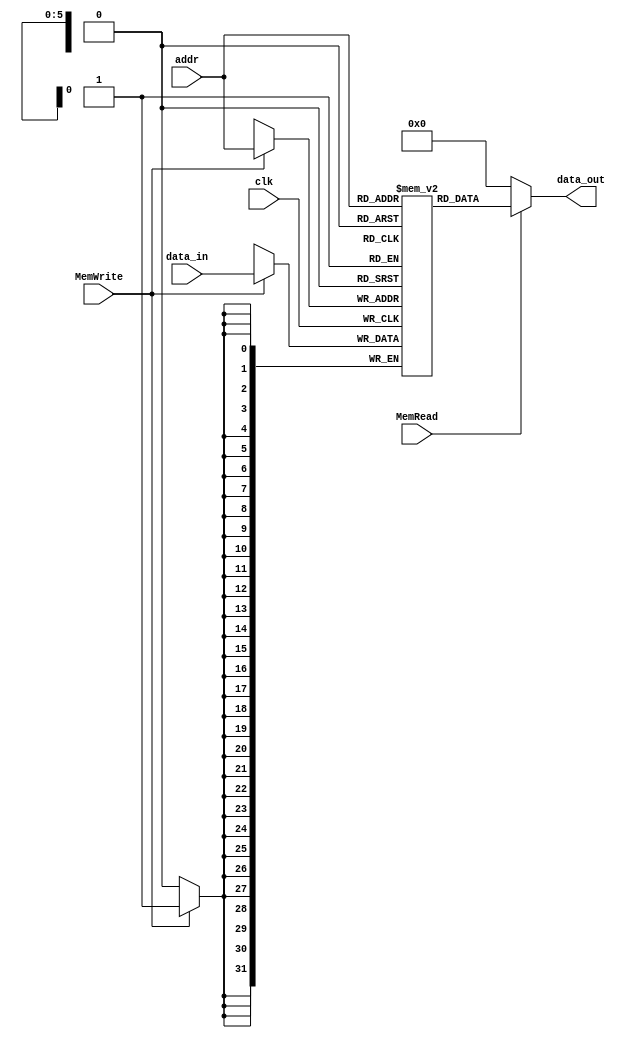
`timescale 1ns / 1ps
//////////////////////////////////////////////////////////////////////////////////
// Company: 
// Engineer: 
// 
// Design Name: 
// Module Name: DataMem
// Project Name: 
// Target Devices: 
// Tool Versions: 
// Description: 
// 
// Dependencies: 
// 
// Revision:
// Revision 0.01 - File Created
// Additional Comments:
// 
//////////////////////////////////////////////////////////////////////////////////


module DataMem(input clk, input MemRead, input MemWrite,input [5:0] addr, input [31:0] data_in, output [31:0] data_out);
    reg [31:0] mem [0:63];
    assign data_out = MemRead?mem[addr]:32'b0;
    always @(posedge(clk)) begin
        if(MemWrite)
            mem[addr] = data_in;
    end 
    initial begin
        mem[0]=32'd17;
        mem[1]=32'd9;
        mem[2]=32'd25;
    end 


endmodule